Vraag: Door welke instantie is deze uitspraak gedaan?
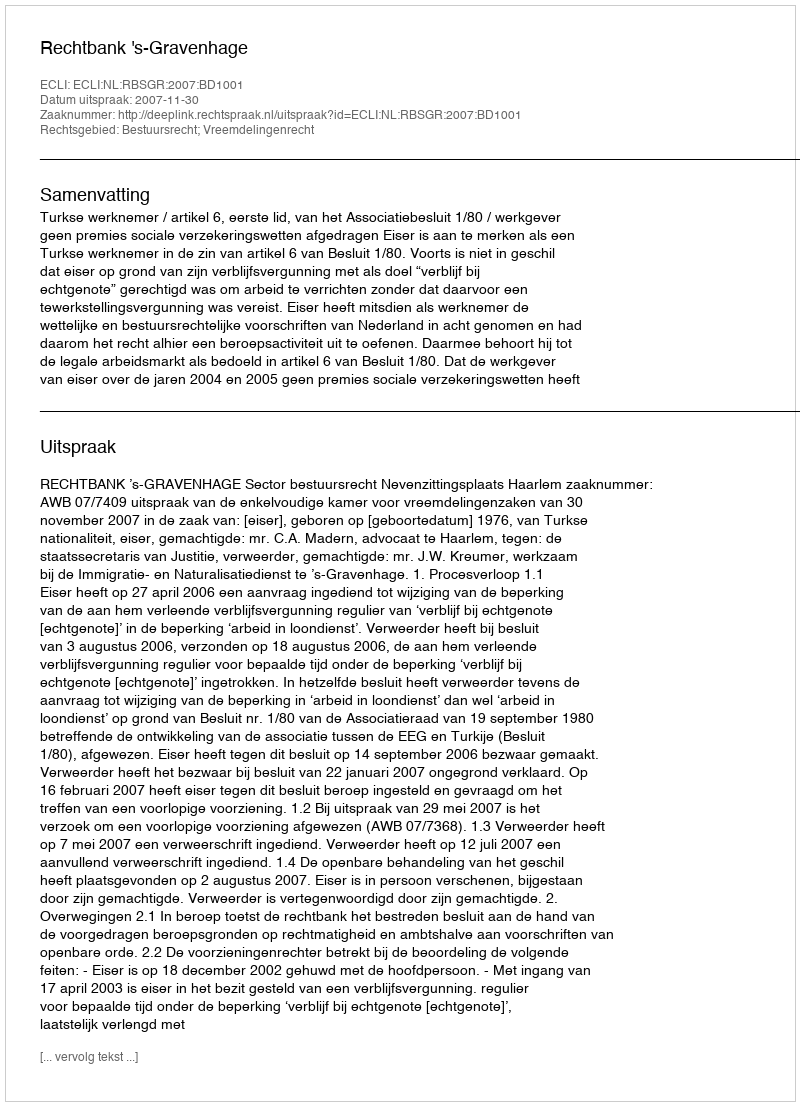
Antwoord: Rechtbank 's-Gravenhage